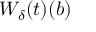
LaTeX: W _ { \delta } ( t ) ( { b } )